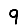
Digit: 9